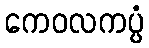
ကေဝလကပ္ပံ